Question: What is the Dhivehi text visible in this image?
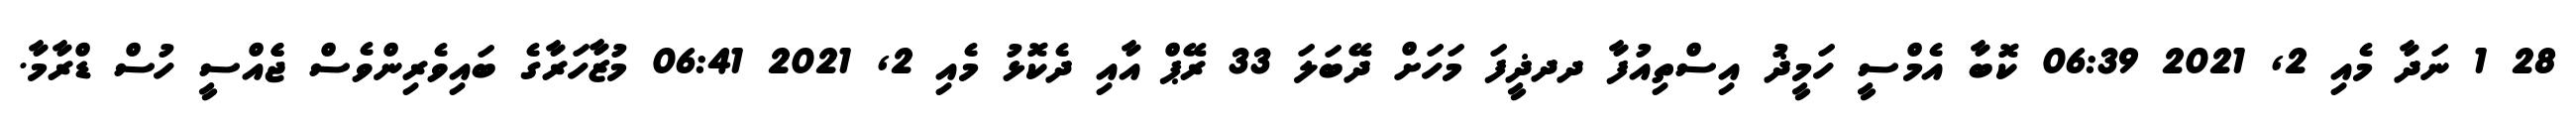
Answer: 28 1 ނަދާ މެއި 2, 2021 06:39 ކޮބާ އެމްސީ ހަމީޛު އިސްތިއުފާ ދދޛީފަ މަހަށް ދޭބަލަ 33 ރޭޕް އާއި ދެކޮޅު މެއި 2, 2021 06:41 މުޒާހަރާގެ ބައިވެރިންވެސް ޖެެއްސީ ހުސް ޑްރާމާ.